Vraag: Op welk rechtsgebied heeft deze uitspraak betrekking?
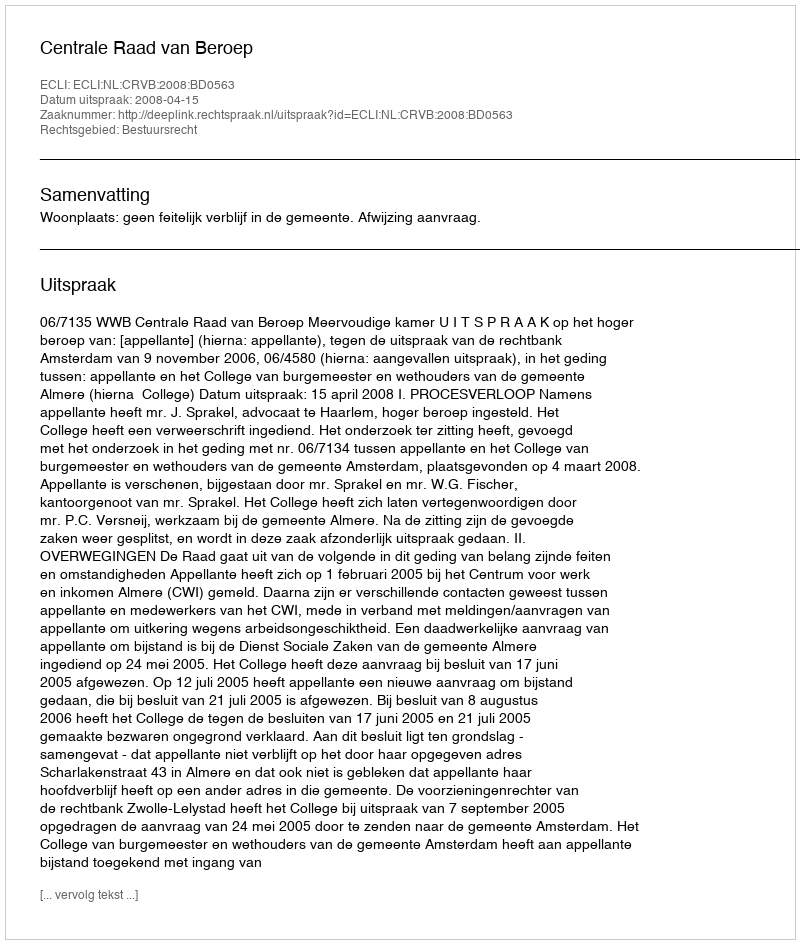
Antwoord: Bestuursrecht